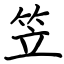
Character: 笠